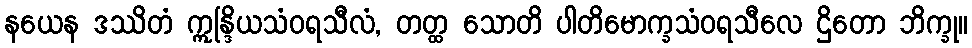
နယေန ဒဿိတံ ဣန္ဒြိယသံဝရသီလံ, တတ္ထ သောတိ ပါတိမောက္ခသံဝရသီလေ ဌိတော ဘိက္ခု။